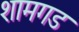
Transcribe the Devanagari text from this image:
शामगड